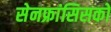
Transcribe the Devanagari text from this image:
सेनफ्रांसिसको